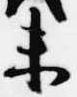
未